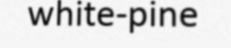
white-pine